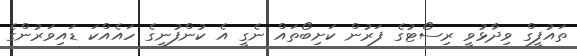
ތައުފީގް ވިދާޅުވީ ރިސޯޓުގެ ފަރުން ކަށިބޯތައް ނެގީ އެ ކުންފުނީގެ ހައެއްކަ ޑައިވަރުންގެ